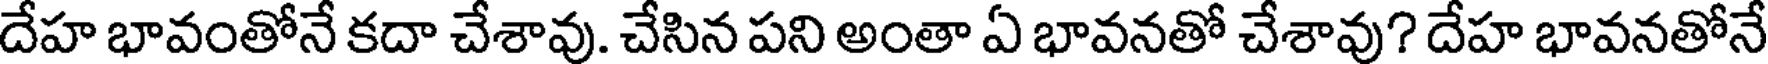
దేహ భావంతోనే కదా చేశావు. చేసిన పని అంతా ఏ భావనతో చేశావు? దేహ భావనతోనే